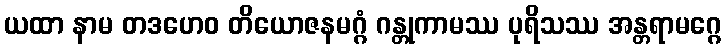
ယထာ နာမ တဒဟေဝ တိယောဇနမဂ္ဂံ ဂန္တုကာမဿ ပုရိသဿ အန္တရာမဂ္ဂေ